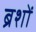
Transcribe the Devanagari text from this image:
ब्रशों